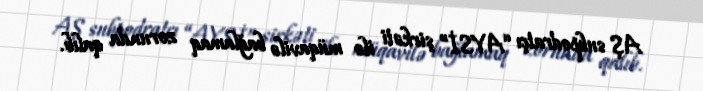
AŞ subpodratçı “AYSİ” şirkəti ilə müqavilə bağlamaq zorunda qalıb.